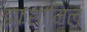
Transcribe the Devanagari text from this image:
डफशामिल